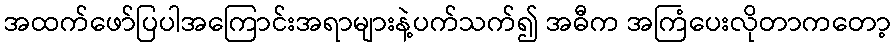
အထက်ဖော်ပြပါအကြောင်းအရာများနဲ့ပက်သက်၍ အဓီက အကြံပေးလိုတာကတော့